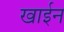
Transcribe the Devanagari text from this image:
खाईन